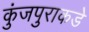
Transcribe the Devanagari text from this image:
कुंजपुराकडे